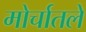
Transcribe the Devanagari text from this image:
मोर्चातले